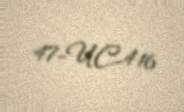
47-UC-416